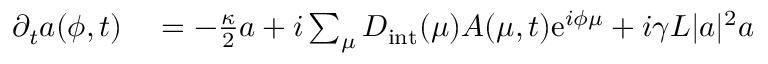
\begin{array} { r l } { \partial _ { t } a ( \phi , t ) } & { { } = - \frac { \kappa } { 2 } a + i \sum _ { \mu } D _ { \mathrm { i n t } } ( \mu ) A ( \mu , t ) \mathrm { e } ^ { i \phi \mu } + i \gamma L | a | ^ { 2 } a } \end{array}